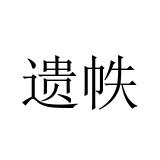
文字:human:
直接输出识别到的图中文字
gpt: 遗帙